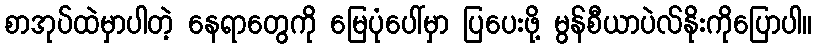
စာအုပ်ထဲမှာပါတဲ့ နေရာတွေကို မြေပုံပေါ်မှာ ပြပေးဖို့ မွန်စီယာပဲလ်နိုးကိုပြောပါ။